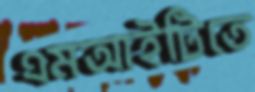
এমআইটিতে